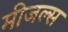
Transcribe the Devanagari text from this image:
मीजल्स